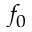
f _ { 0 }